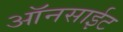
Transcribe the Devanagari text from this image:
ऑनसाईट